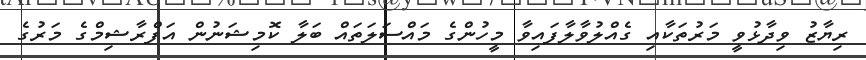
ރިޔާޒު ވިދާޅުވީ މަރުތަކާއި ގެއްލުވާލާފައިވާ މީހުންގެ މައްސަލަތައް ބަލާ ކޮމިޝަނުން އަފްރާޝިމްގެ މަރުގެ